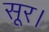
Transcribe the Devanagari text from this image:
सूर।